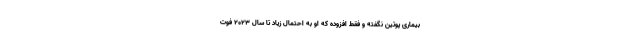
بیماری پوتین نگفته و فقط افزوده که او به احتمال زیاد تا سال ۲۰۲۳ فوت